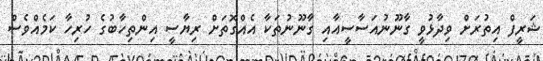
ޝަރީފް އިތުރަށް ވިދާޅުވީ ގާނޫނުއަސާސީއާއި ގާނޫނުތަކާ އެއްގޮތަށް ރިޔާސީ އިންތިހާބުގެ ހުރިހާ ކަމެއްވެސް